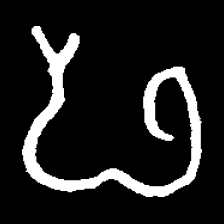
Pyu character \u2014 Myanmar letter: ဖ (romanized: pha)